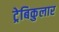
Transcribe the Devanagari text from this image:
ट्रेबिकुलार